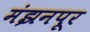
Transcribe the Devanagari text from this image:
मंझनपूर